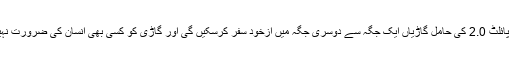
آسان الفاظ میں بیان کیا جائے تو آٹو پائلٹ 2.0 کی حامل گاڑیاں ایک جگہ سے دوسری جگہ میں ازخود سفر کرسکیں گی اور گاڑی کو کسی بھی انسان کی ضرورت نہیں ہوگی کہ جو اسے کنٹرول کرے۔